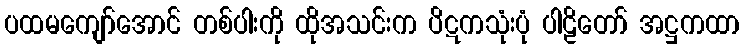
ပထမကျော်အောင် တစ်ပါးကို ထိုအသင်းက ပိဋကသုံးပုံ ပါဠိတော် အဋ္ဌကထာ